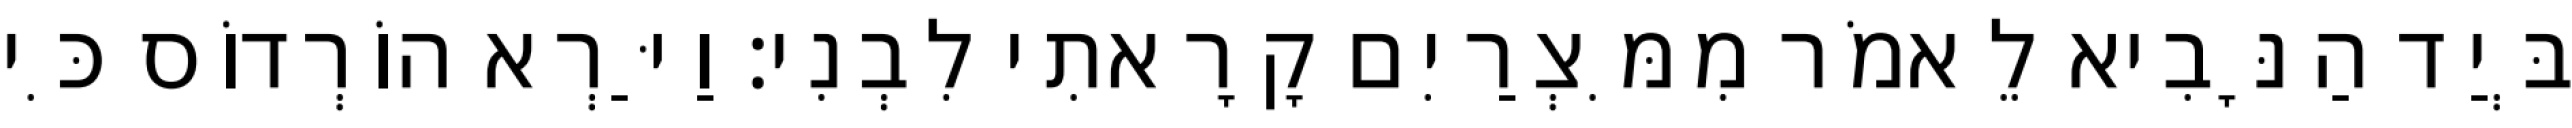
בְּיַד הַנָּבִיא לֵאמֹר מִמִּצְרַיִם קָרָאתִי לִבְנִי׃ וַיַּרְא הוֹרְדוֹס כִּי